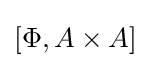
\left[\Phi ,A\times A\right]